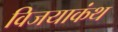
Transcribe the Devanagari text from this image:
विजयाकंथ